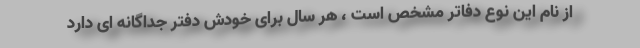
از نام این نوع دفاتر مشخص است ، هر سال برای خودش دفتر جداگانه ای دارد